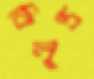
বিলুপ্ত